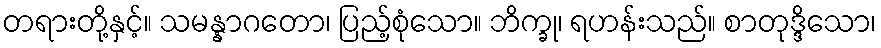
တရားတို့နှင့်။ သမန္နာဂတော၊ ပြည့်စုံသော။ ဘိက္ခု၊ ရဟန်းသည်။ စာတုဒ္ဒိသော၊